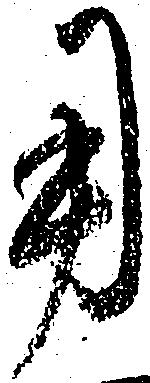
用